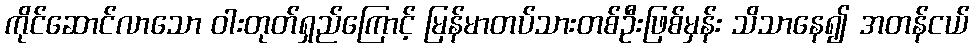
ကိုင်ဆောင်လာသော ဝါးတုတ်ရှည်ကြောင့် မြန်မာတပ်သားတစ်ဦးဖြစ်မှန်း သိသာနေ၍ အတန်ငယ်